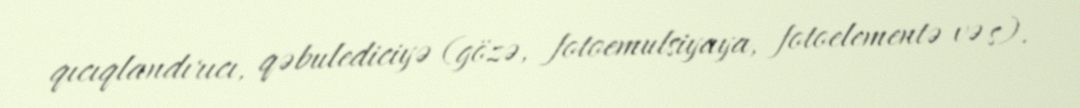
qıcıqlandırıcı, qəbulediciyə (gözə, fotoemulsiyaya, fotoelementə və s).